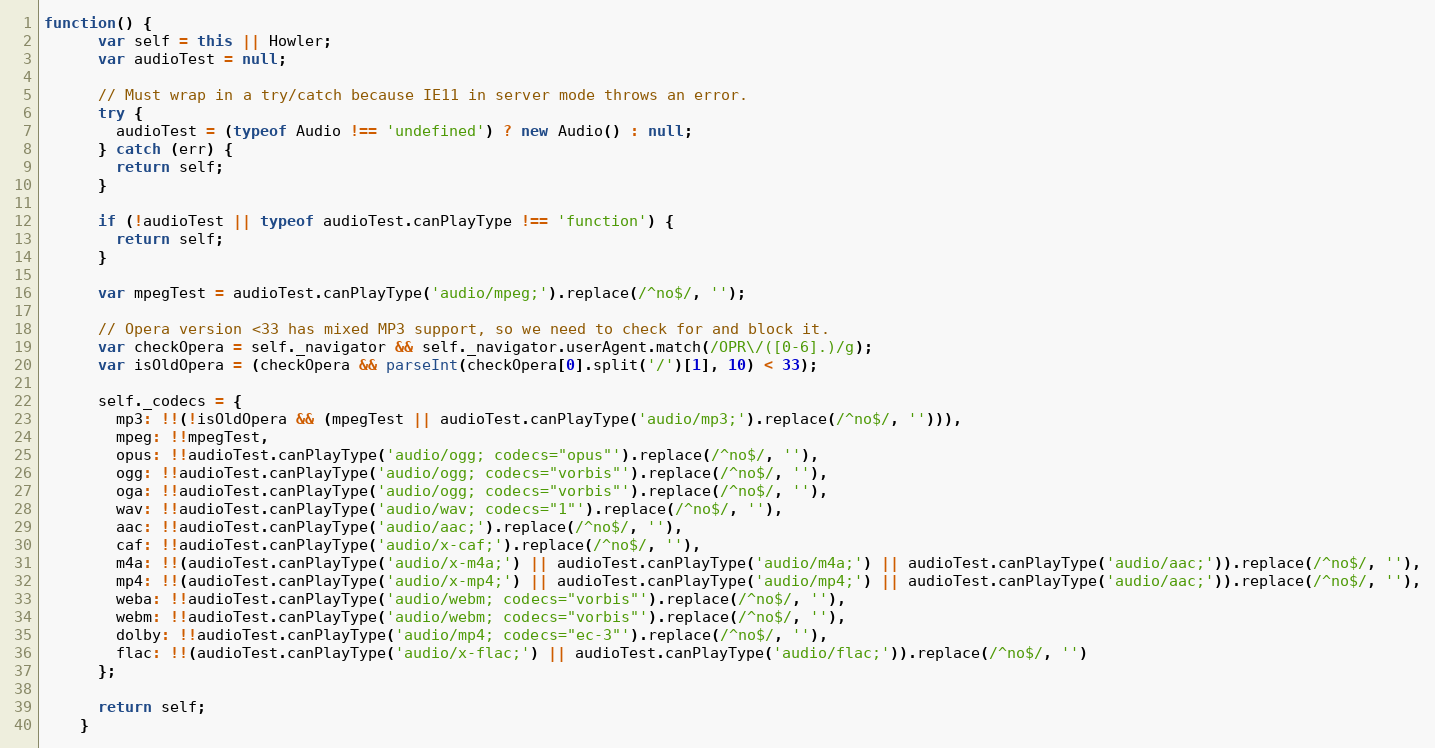
Language: JavaScript
function() {
      var self = this || Howler;
      var audioTest = null;

      // Must wrap in a try/catch because IE11 in server mode throws an error.
      try {
        audioTest = (typeof Audio !== 'undefined') ? new Audio() : null;
      } catch (err) {
        return self;
      }

      if (!audioTest || typeof audioTest.canPlayType !== 'function') {
        return self;
      }

      var mpegTest = audioTest.canPlayType('audio/mpeg;').replace(/^no$/, '');

      // Opera version <33 has mixed MP3 support, so we need to check for and block it.
      var checkOpera = self._navigator && self._navigator.userAgent.match(/OPR\/([0-6].)/g);
      var isOldOpera = (checkOpera && parseInt(checkOpera[0].split('/')[1], 10) < 33);

      self._codecs = {
        mp3: !!(!isOldOpera && (mpegTest || audioTest.canPlayType('audio/mp3;').replace(/^no$/, ''))),
        mpeg: !!mpegTest,
        opus: !!audioTest.canPlayType('audio/ogg; codecs="opus"').replace(/^no$/, ''),
        ogg: !!audioTest.canPlayType('audio/ogg; codecs="vorbis"').replace(/^no$/, ''),
        oga: !!audioTest.canPlayType('audio/ogg; codecs="vorbis"').replace(/^no$/, ''),
        wav: !!audioTest.canPlayType('audio/wav; codecs="1"').replace(/^no$/, ''),
        aac: !!audioTest.canPlayType('audio/aac;').replace(/^no$/, ''),
        caf: !!audioTest.canPlayType('audio/x-caf;').replace(/^no$/, ''),
        m4a: !!(audioTest.canPlayType('audio/x-m4a;') || audioTest.canPlayType('audio/m4a;') || audioTest.canPlayType('audio/aac;')).replace(/^no$/, ''),
        mp4: !!(audioTest.canPlayType('audio/x-mp4;') || audioTest.canPlayType('audio/mp4;') || audioTest.canPlayType('audio/aac;')).replace(/^no$/, ''),
        weba: !!audioTest.canPlayType('audio/webm; codecs="vorbis"').replace(/^no$/, ''),
        webm: !!audioTest.canPlayType('audio/webm; codecs="vorbis"').replace(/^no$/, ''),
        dolby: !!audioTest.canPlayType('audio/mp4; codecs="ec-3"').replace(/^no$/, ''),
        flac: !!(audioTest.canPlayType('audio/x-flac;') || audioTest.canPlayType('audio/flac;')).replace(/^no$/, '')
      };

      return self;
    }